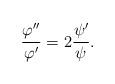
LaTeX: \begin{align*}\frac{\varphi^{\prime\prime}}{\varphi^{\prime}}=2\frac{\psi^{\prime}}{\psi}.\end{align*}